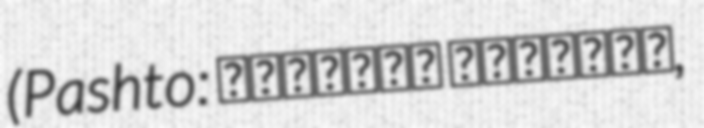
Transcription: (Pashto: جاني‌خېل ولسوالۍ,